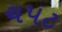
ચપટ